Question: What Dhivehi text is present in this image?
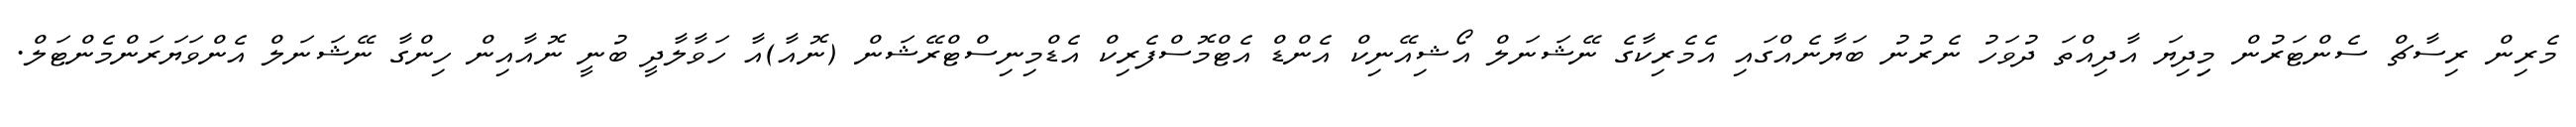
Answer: މެރިން ރިސާޗް ސެންޓަރުން މިިދިޔަ އާދިއްތަ ދުވަހު ނެރުނު ބަޔާނެއްގައި އެމެރިކާގެ ނޭޝަނަލް އޯޝިއޭނިކް އެންޑް އެޓްމޮސްފެރިކް އެޑްމިނިސްޓްރޭޝަން (ނޮއާ)އާ ހަވާލާދީ ބުނީ ނޮއާއިން ހިންގާ ނޭޝަނަލް އެންވަޔަރަންމެންޓަލް.